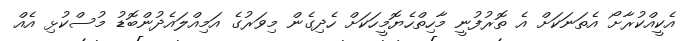
އެކީއްކުރާށޯ އެތަނަކަށް އެ ތޮރުފުނީ މާހިތްހެޔޮމީހަކަށް ހެދިގެން މިވަރުގެ އަމިއްލައެދުންބޮޑު މުސްކުޅި އެއް